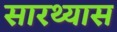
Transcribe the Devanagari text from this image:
सारथ्यास